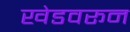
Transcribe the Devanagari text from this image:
खेडवरून